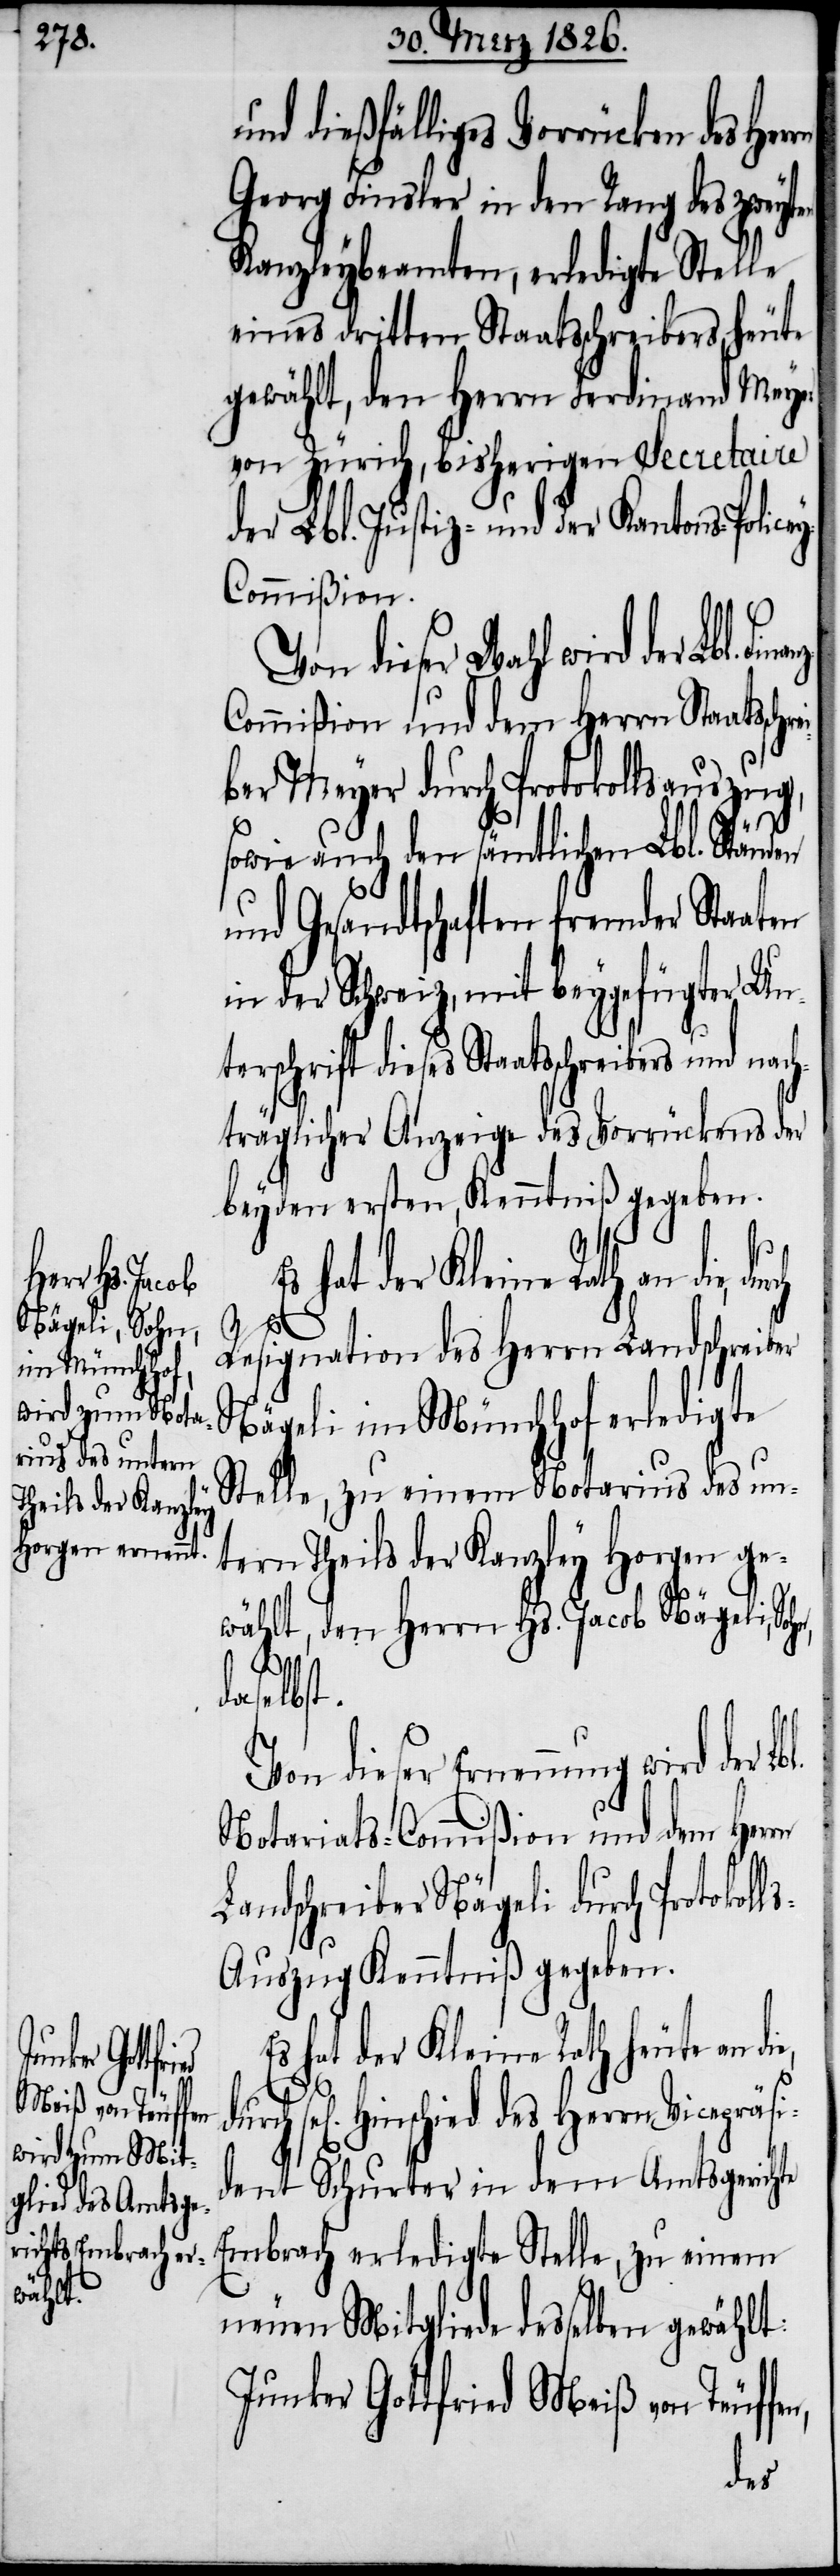
präsi¬

nd dießfälliges Vorrücken des
Georg Finsler in den Rang des zweyten
Kanzleybeamten, erledigte Stelle
eines dritten Staatsschreibers, heute
gewählt, den Herrn Ferdinand Meyer
von Zürich, bisherigen Secretaire
der Lbl. Justiz- und der Kantons-Police¬
y-Commißion.
Von dieser Wahl wird der Lbl.
ommißion und dem Herrn Staats¬
ber Meyer durch Protokollsauszug,
sowie auch den sämtlichen Lbl. Ständen
und Gesandtschaft fremder Staat¬
in der Schweiz, mit beygefügter Unt¬
erschrift dieses Staatsschrei¬
hträglicher Anzeige des Vorrückens der
beyden ersten, Kenntniß gegeben.
t.
hat der Kleine Rath an die,
en
Resignation des Herrn Landschreiber
Nägeli im Münchhof erledigte
Stelle, zu einem Notarius des un¬
tern Theils der Kanzley Horgen ge¬
wählt, den Herrn Hs. Jacob Nägeli,
daselbs¬
Von dieser Ernennung wird
Notariats-Commißion und dem Herrn
Landschreiber Nägeli durch Protokol¬
ls-Auszug Kenntniß gegeben.
hat der Kleine Rath heute
dent Schurter in dem Amtsgerichte
Embrach erledigte Stelle, zu einem
neuen Mitgliede desselben gewählt:
Junker Gottfried Meiß von Teuf¬
fen,